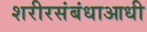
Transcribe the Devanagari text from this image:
शरीरसंबंधाआधी